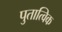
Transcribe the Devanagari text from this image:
पुतात्विक